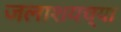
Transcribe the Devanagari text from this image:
जलाशयच्या